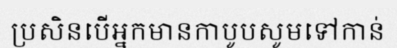
ប្រសិនបើអ្នកមានកាបូបសូមទៅកាន់